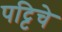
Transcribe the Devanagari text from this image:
पट्टिचे